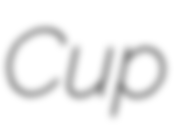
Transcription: Cup